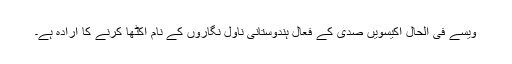
ویسے فی الحال اکیسویں صدی کے فعال ہندوستانی ناول نگاروں کے نام اکٹھا کرنے کا ارادہ ہے۔